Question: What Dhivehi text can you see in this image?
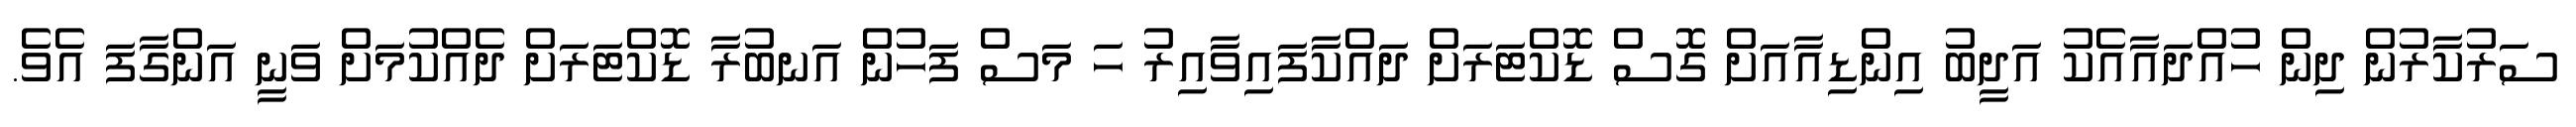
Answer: ސަރުކާރުން ދިން ހުއްދައާއެކު އަދީބު އިންޑިއާއަށް ގޮސް ޑޮކްޓަރަށް ދައްކާފައިވާއިރު ހަ މަސް ފަހުން އަނބުރާ ޑޮކްޓަރަށް ދެއްކުމަށް ވަނީ އަންގާފަ އެވެ.